Document type: Recognition
Year: 1250
Scribe: Pere Marquès
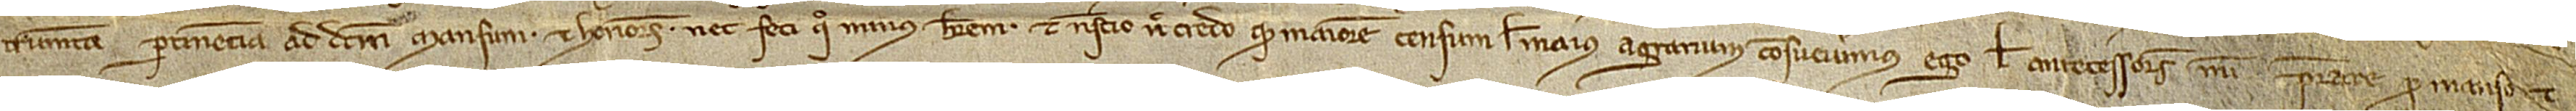
trumenta pertinencia ad dictum mansum et honores nec feci quo minus haberem nec nescio nec credo quod maiorem censum vel maius agrarium consueverimus ego vel antecessores mei prestare pro manso et